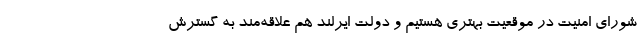
شورای امنیت در موقعیت بهتری هستیم و دولت ایرلند هم علاقه‌مند به گسترش